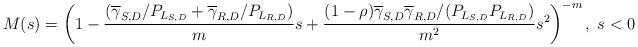
LaTeX: \begin{align*} M(s) = \left( 1- \frac{(\overline{\gamma}_{S,D}/P_{L_{S,D}} +\overline{\gamma}_{R,D}/P_{L_{R,D}} )}{m}s + \frac{(1-\rho)\overline{\gamma}_{S,D}\overline{\gamma}_{R,D}/(P_{L_{S,D}}P_{L_{R,D}})}{m^2} s^{2} \right)^{-m}, \;s < 0 \end{align*}